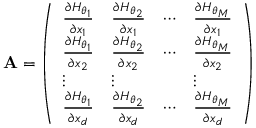
\mathbf { A } = \left( \begin{array} { l l l l } { \frac { \partial H _ { \boldsymbol \theta _ { 1 } } } { \partial x _ { 1 } } } & { \frac { \partial H _ { \boldsymbol \theta _ { 2 } } } { \partial x _ { 1 } } } & { \cdots } & { \frac { \partial H _ { \boldsymbol \theta _ { M } } } { \partial x _ { 1 } } } \\ { \frac { \partial H _ { \boldsymbol \theta _ { 1 } } } { \partial x _ { 2 } } } & { \frac { \partial H _ { \boldsymbol \theta _ { 2 } } } { \partial x _ { 2 } } } & { \cdots } & { \frac { \partial H _ { \boldsymbol \theta _ { M } } } { \partial x _ { 2 } } } \\ { \vdots } & { \vdots } & { } & { \vdots } \\ { \frac { \partial H _ { \boldsymbol \theta _ { 1 } } } { \partial x _ { d } } } & { \frac { \partial H _ { \boldsymbol \theta _ { 2 } } } { \partial x _ { d } } } & { \cdots } & { \frac { \partial H _ { \boldsymbol \theta _ { M } } } { \partial x _ { d } } } \end{array} \right)